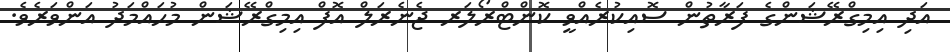
އަދި އިމިގްރޭޝަންގެ ފަރާތުން ސޮއިކުރެއްވީ ކޮންޓްރޯލަރ ޖެނެރަލް އޮފް އިމިގްރޭޭޝަން މުޙައްމަދު އަންވަރެވެ.